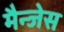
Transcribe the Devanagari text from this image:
मैन्जेस